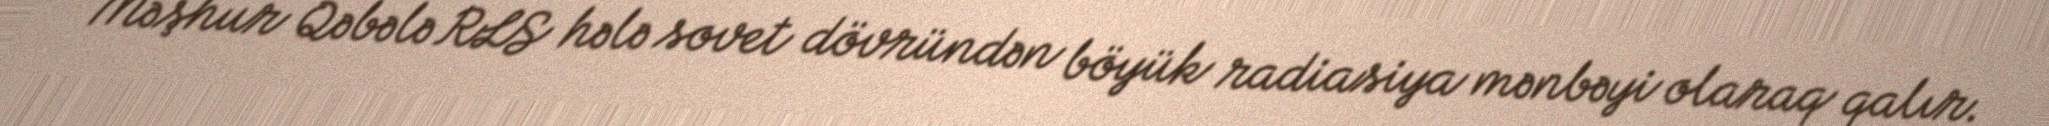
Məşhur Qəbələ RLS hələ sovet dövründən böyük radiasiya mənbəyi olaraq qalır.